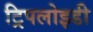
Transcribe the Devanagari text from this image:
ट्रिपलोइडी